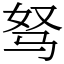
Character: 驽